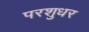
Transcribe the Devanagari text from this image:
परशुधर